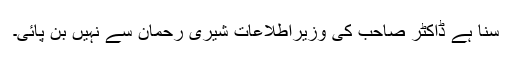
سنا ہے ڈاکٹر صاحب کی وزیراطلاعات شیری رحمان سے نہیں بن پائی۔